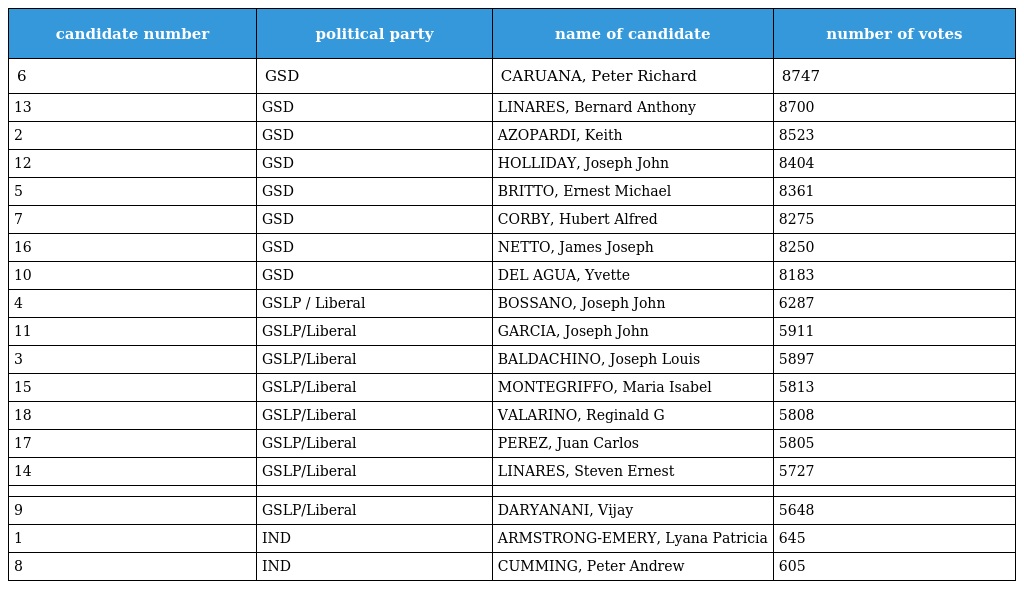
| candidate number | political party | name of candidate | number of votes |
 | --- | --- | --- | --- |
 | 6 | GSD | CARUANA, Peter Richard | 8747 |
 | 13 | GSD | LINARES, Bernard Anthony | 8700 |
 | 2 | GSD | AZOPARDI, Keith | 8523 |
 | 12 | GSD | HOLLIDAY, Joseph John | 8404 |
 | 5 | GSD | BRITTO, Ernest Michael | 8361 |
 | 7 | GSD | CORBY, Hubert Alfred | 8275 |
 | 16 | GSD | NETTO, James Joseph | 8250 |
 | 10 | GSD | DEL AGUA, Yvette | 8183 |
 | 4 | GSLP / Liberal | BOSSANO, Joseph John | 6287 |
 | 11 | GSLP/Liberal | GARCIA, Joseph John | 5911 |
 | 3 | GSLP/Liberal | BALDACHINO, Joseph Louis | 5897 |
 | 15 | GSLP/Liberal | MONTEGRIFFO, Maria Isabel | 5813 |
 | 18 | GSLP/Liberal | VALARINO, Reginald G | 5808 |
 | 17 | GSLP/Liberal | PEREZ, Juan Carlos | 5805 |
 | 14 | GSLP/Liberal | LINARES, Steven Ernest | 5727 |
 |  |  |  |  |
 | 9 | GSLP/Liberal | DARYANANI, Vijay | 5648 |
 | 1 | IND | ARMSTRONG-EMERY, Lyana Patricia | 645 |
 | 8 | IND | CUMMING, Peter Andrew | 605 |